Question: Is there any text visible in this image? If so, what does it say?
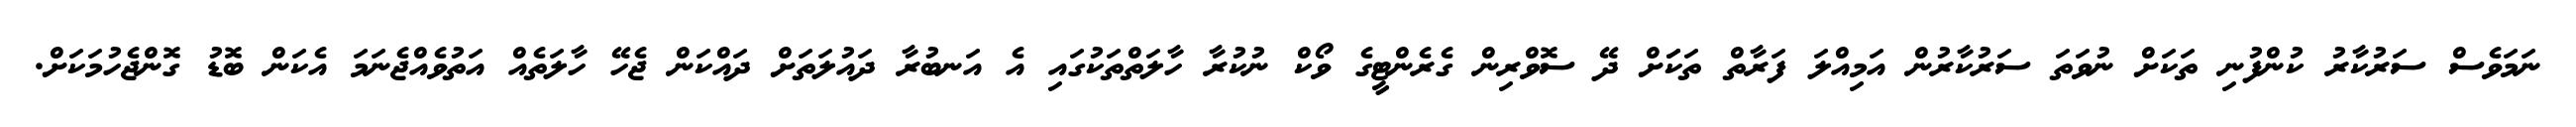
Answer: ނަމަވެސް ސަރުކާރު ކުންފުނި ތަކަށް ނުވަތަ ސަރުކާރުން އަމިއްލަ ފަރާތް ތަކަަށް ދޭ ސޮވްރިން ގެރެންޓީގެ ވޯކް ނުކުރާ ހާލަތްތަކުގައި އެ އަނބުރާ ދައުލަތަށް ދައްކަން ޖެހޭ ހާލަތެއް އަތުވެއްޖެނަމަ އެކަން ބޮޑު ގޮންޖެހުމަކަށް.